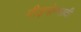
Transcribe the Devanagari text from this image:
पीड़नोन्मादी